Indian Civil Veterinary Department memoirs
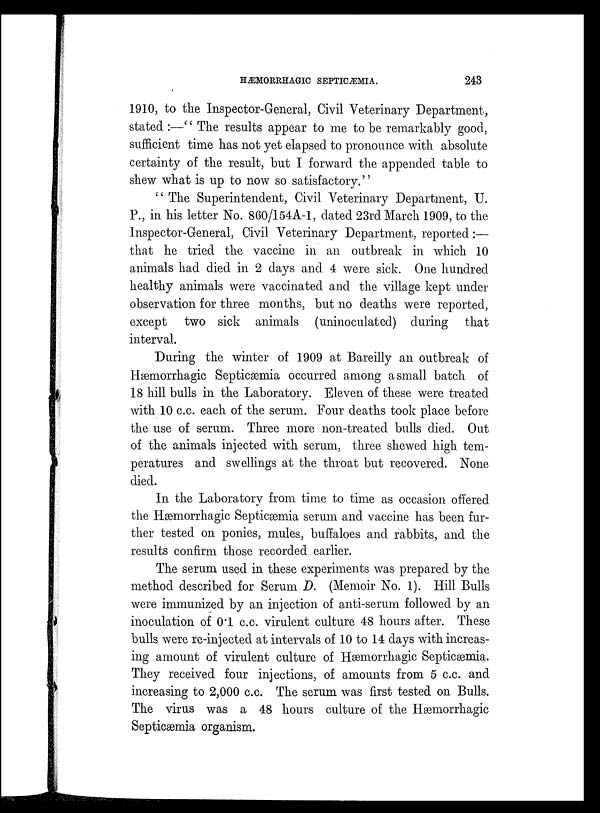
HÆMORRHAGIC SEPTICÆMIA.
243
1910, to the Inspector-General, Civil Veterinary Department,
stated :—'' The results appear to me to be remarkably good,
sufficient time has not yet elapsed to pronounce with absolute
certainty of the result, but I forward the appended table to
shew what is up to now so satisfactory.''
" The Superintendent, Civil Veterinary Department, U.
P., in his letter No. 860/154A-1, dated 23rd March 1909, to the
Inspector-General, Civil Veterinary Department, reported:—
that he tried the vaccine in an outbreak in which 10
animals had died in 2 days and 4 were sick. One hundred
healthy animals were vaccinated and the village kept under
observation for three months, but no deaths were reported,
except two sick animals (uninoculated) during that
interval.
During the winter of 1909 at Bareilly an outbreak of
Hæmorrhagic Septicæmia occurred among a small batch of
18 hill bulls in the Laboratory. Eleven of these were treated
with 10 c.c. each of the serum. Four deaths took place before
the use of serum. Three more non-treated bulls died. Out
of the animals injected with serum, three shewed high tem-
peratures and swellings at the throat but recovered. None
died.
In the Laboratory from time to time as occasion offered
the Hæmorrhagic Septicæmia serum and vaccine has been fur-
ther tested on ponies, mules, buffaloes and rabbits, and the
results confirm those recorded earlier.
The serum used in these experiments was prepared by the
method described for Serum D. (Memoir No. 1). Hill Bulls
were immunized by an injection of anti-serum followed by an
inoculation of 0.1 c.c. virulent culture 48 hours after. These
bulls were re-injected at intervals of 10 to 14 days with increas-
ing amount of virulent culture of Hæmorrhagic Septicæmia.
They received four injections, of amounts from 5 c.c. and
increasing to 2,000 c.c. The serum was first tested on Bulls.
The virus was a 48 hours culture of the Hæmorrhagic
Septicæmia organism.